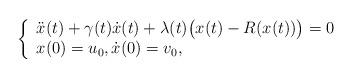
LaTeX: \begin{align*}\left\{\begin{array}{ll}\ddot x(t) + \gamma(t) \dot x(t) + \lambda(t)\big(x(t)-R(x(t))\big)=0\\x(0)=u_0, \dot x(0)=v_0,\end{array}\right.\end{align*}